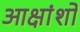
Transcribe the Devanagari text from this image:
आक्षांशों